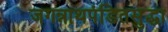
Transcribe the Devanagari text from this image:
जगन्नाथपंडितसुद्धा